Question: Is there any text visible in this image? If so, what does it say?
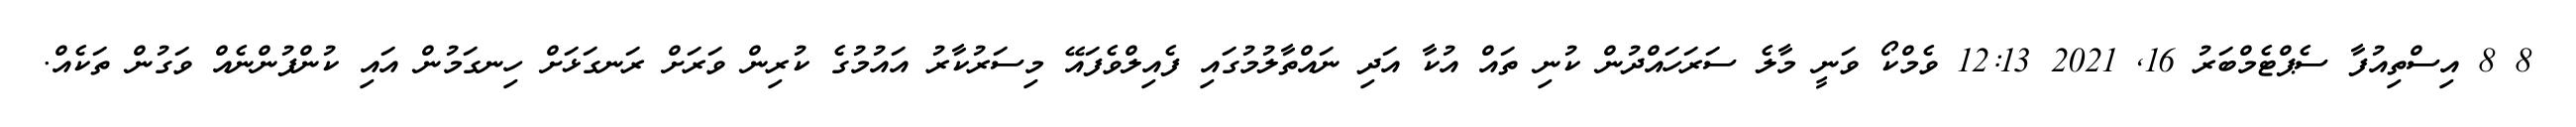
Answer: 8 8 އިސްތިއުފާ ސެޕްޓެމްބަރު 16, 2021 12:13 ވެމްކޯ ވަނީ މާލެ ސަރަހައްދުން ކުނި ތައް އުކާ އަދި ނައްތާލުމުގައި ފެއިލްވެފައޭ މިސަރުކާރު އައުމުގެ ކުރިން ވަރަށް ރަނގަޅަށް ހިނގަމުން އައި ކުންފުންނެއް ވަގުން ތަކެއް.